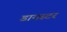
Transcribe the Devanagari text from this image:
डायस्टर